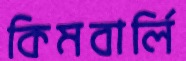
কিমবার্লি